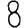
Digit: 8